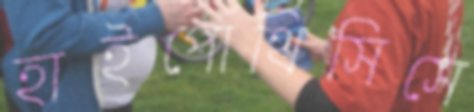
হাইপোথিসিসে